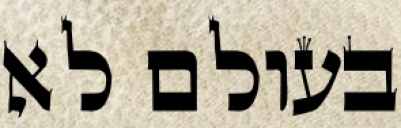
בעולם לא